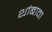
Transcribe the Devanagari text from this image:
थांबावा